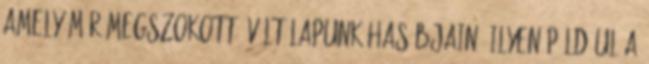
amely már megszokottá vált lapunk hasábjain. Ilyen például a